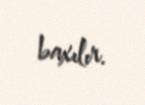
baxılır.